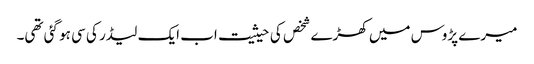
میرے پڑوس میں کھڑے شخص کی حیثیت اب ایک لیڈر کی سی ہو گئی تھی۔